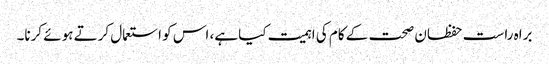
براہ راست حفظان صحت کے کام کی اہمیت کیا ہے، اس کو استعمال کرتے ہوئے کرنا۔